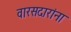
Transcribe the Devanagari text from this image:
वारसदारांना